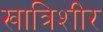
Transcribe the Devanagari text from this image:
खात्रिशीर